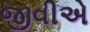
જીવીએ